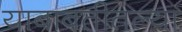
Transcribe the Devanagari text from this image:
याबाबतीतल्या